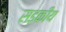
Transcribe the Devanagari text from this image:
सड़कीय